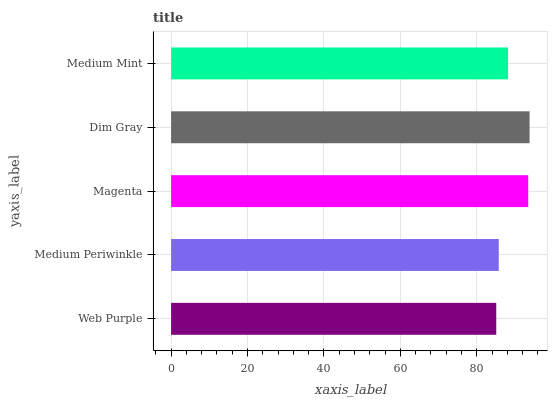
| yaxis_label | bars |
 | --- | --- |
 | Web Purple | 85.1 |
 | Medium Periwinkle | 85.7 |
 | Magenta | 93.5 |
 | Dim Gray | 93.8 |
 | Medium Mint | 88.2 |